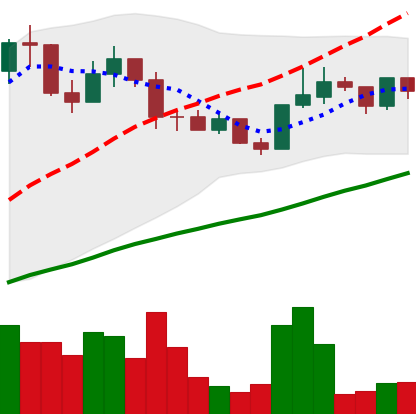
Ticker: LINK-USD
Chart end date: 2019-06-11
Forward return: 47.011%
Label: up_7plus